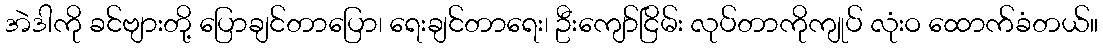
အဲဒါကို ခင်ဗျားတို့ ပြောချင်တာပြော၊ ရေးချင်တာရေး၊ ဦးကျော်ငြိမ်း လုပ်တာကိုကျုပ် လုံးဝ ထောက်ခံတယ်။